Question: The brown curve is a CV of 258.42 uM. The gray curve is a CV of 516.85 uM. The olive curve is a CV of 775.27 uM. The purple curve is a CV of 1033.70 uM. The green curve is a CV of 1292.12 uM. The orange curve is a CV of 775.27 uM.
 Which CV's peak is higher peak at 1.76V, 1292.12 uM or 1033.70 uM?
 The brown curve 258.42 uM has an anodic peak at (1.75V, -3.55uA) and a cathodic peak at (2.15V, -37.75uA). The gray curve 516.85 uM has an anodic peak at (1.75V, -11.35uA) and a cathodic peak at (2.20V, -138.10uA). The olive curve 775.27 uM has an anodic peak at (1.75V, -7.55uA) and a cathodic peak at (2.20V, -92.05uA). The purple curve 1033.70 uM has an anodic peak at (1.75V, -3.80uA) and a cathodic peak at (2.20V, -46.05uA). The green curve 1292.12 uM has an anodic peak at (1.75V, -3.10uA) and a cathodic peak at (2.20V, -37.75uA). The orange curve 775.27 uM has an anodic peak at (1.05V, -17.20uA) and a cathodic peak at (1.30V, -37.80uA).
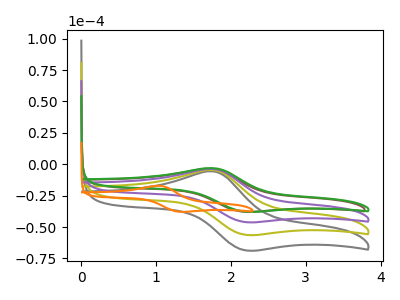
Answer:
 <answer>The peak at 1.76V is higher in "1292.12 uM" than in "1033.70 uM".</answer>
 <eval>higher</eval>